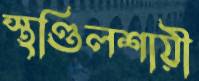
স্থণ্ডিলশায়ী